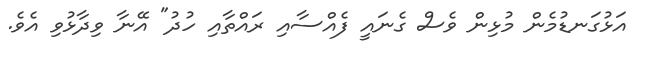
އަޅުގަނޑުމެން މުޅިން ވެސް ގެނައީ ފެއްސާއި ރައްތާއި ހުދު" އޭނާ ވިދާޅުވި އެވެ.